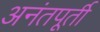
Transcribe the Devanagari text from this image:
अनंतपूर्ती